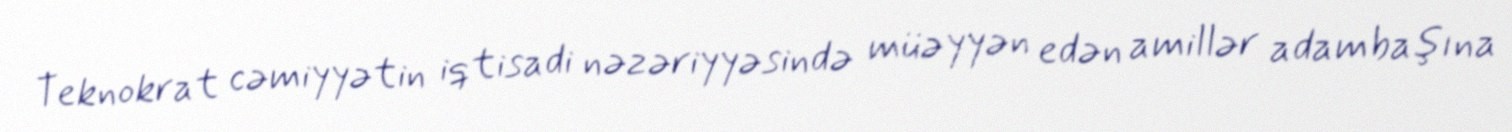
Teknokrat cəmiyyətin iqtisadi nəzəriyyəsində müəyyən edən amillər adambaşına